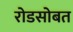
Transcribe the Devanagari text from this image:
रोडसोबत